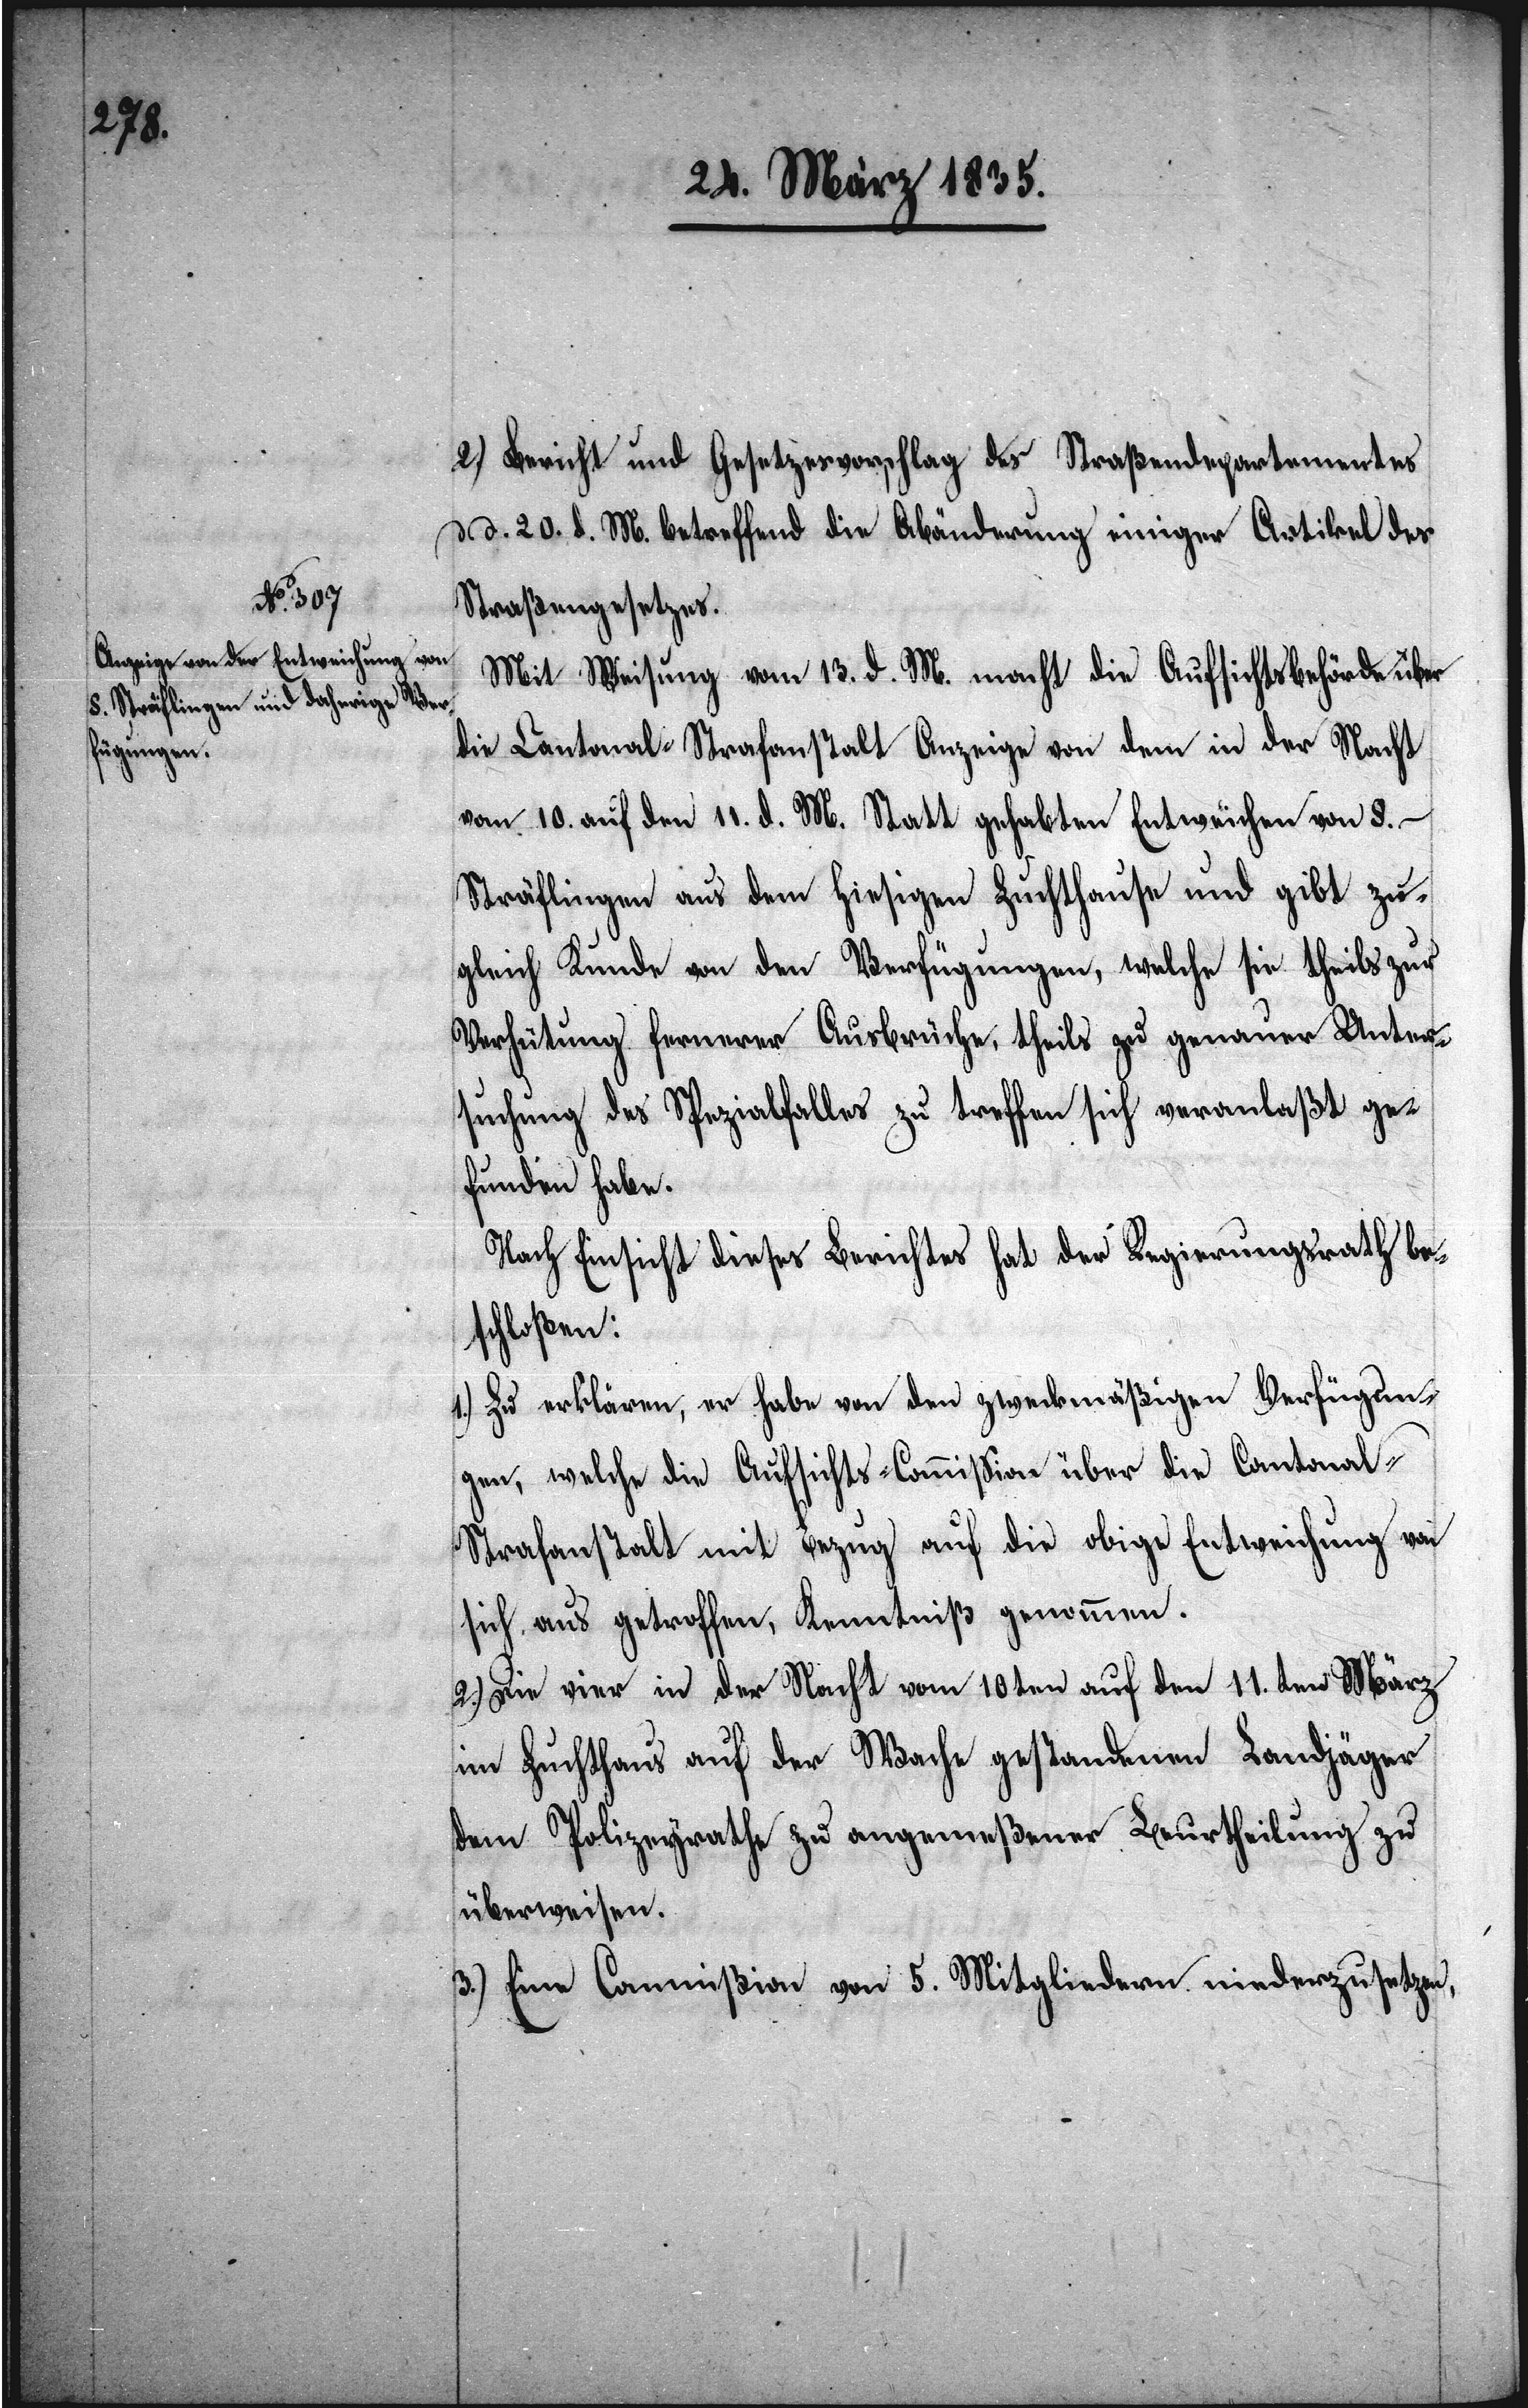
2.) Bericht und Gesetzesvorschlag des Straßendepartementes
d. d. 20. d. M. betreffend die Abänderung einiger Artikel des
Straßengesetzes.
Mit Weisung vom 13. d. M. macht die Aufsichtsbehörde über
die Cantonal-Strafanstalt Anzeige von dem in der Nacht
vom 10. auf den 11. d. M. Statt gehabten Entweichen von 8 –
Sträflingen aus dem hiesigen Zuchthause und gibt zu¬
gleich Kunde von den Verfügungen, welche sie theils zur
Verhütung fernerer Ausbrüche, theils zu genauer Unter¬
suchung des Specialfalles zu treffen sich veranlaßt ge¬
funden habe.
Nach Einsicht dieses Berichtes hat der Regierungsrath be¬
schloßen:
1.) Zu erklären, er habe von den zweckmäßigen Verfügun¬
gen, welche die Aufsichts-Commißion über die Cantona¬
l-Strafanstalt mit Bezug auf die obige Entweichung von
sich aus getroffen, Kenntniß genommen.
2.) Die vier in der Nacht vom 10ten auf den 11.ten März
im Zuchthaus auf der Wache gestandenen Landjäger
dem Polizeyrathe zu angemeßener Beurtheilung zu
überweisen.
3.) Eine Commißion von 5. Mitgliedern niederzusetzen,